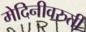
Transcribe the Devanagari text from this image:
मेदिनीवरुती